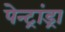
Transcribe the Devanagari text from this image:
पेन्ट्रांड्रा